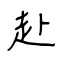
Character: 赴